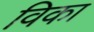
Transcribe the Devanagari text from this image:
विका